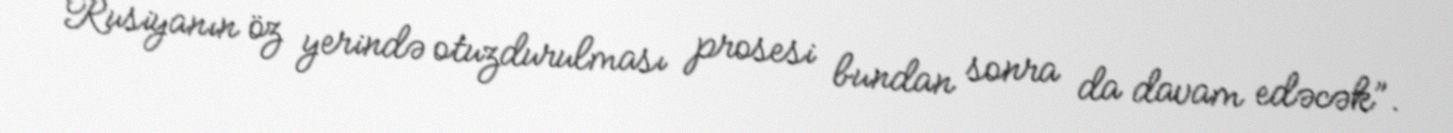
Rusiyanın öz yerində otuzdurulması prosesi bundan sonra da davam edəcək”.